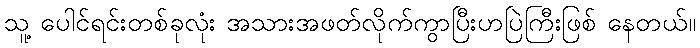
သူ့ ပေါင်ရင်းတစ်ခုလုံး အသားအဖတ်လိုက်ကွာပြီးဟပြဲကြီးဖြစ် နေတယ်။